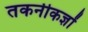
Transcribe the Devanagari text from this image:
तकनीकज्ञों